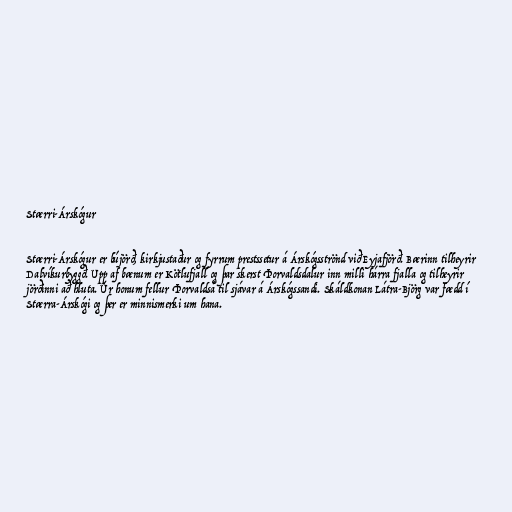
Stærri-Árskógur

Stærri-Árskógur er bújörð, kirkjustaður og fyrrum prestssetur á Árskógsströnd við Eyjafjörð. Bærinn tilheyrir
Dalvíkurbyggð. Upp af bænum er Kötlufjall og þar skerst Þorvaldsdalur inn milli hárra fjalla og tilheyrir
jörðinni að hluta. Úr honum fellur Þorvaldsá til sjávar á Árskógssandi. Skáldkonan Látra-Björg var fædd í
Stærra-Árskógi og þer er minnismerki um hana.